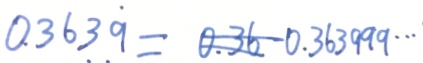
0 . 3 6 3 \dot { 9 } = 0 . 3 6 0 . 3 6 3 9 9 9 \cdots